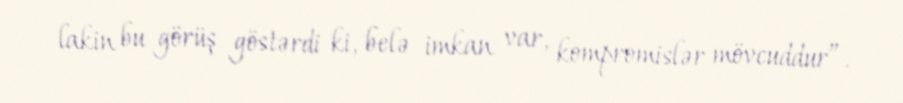
lakin bu görüş göstərdi ki, belə imkan var, kompromislər mövcuddur”.